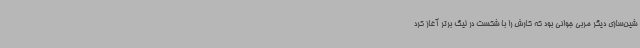
شین‌سازی دیگر مربی جوانی بود که کارش را با شکست در لیگ برتر آغاز کرد